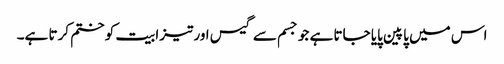
اس میں پاپین پایا جاتا ہے جو جسم سے گیس اور تیزابیت کو ختم کرتا ہے۔